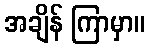
အချိန် ကြာမှာ။